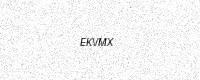
Text: EKVMX